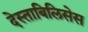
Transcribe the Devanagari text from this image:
देस्ताबिलिसेस